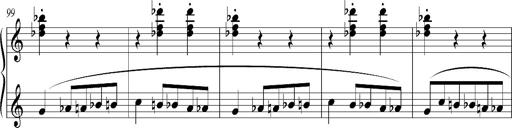
Title: Bagatelle sans tonalitÃ©
Composer: Franz Liszt